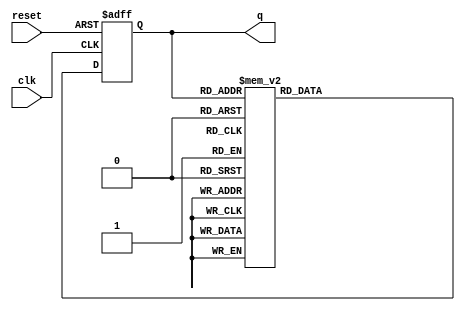
module decade_ring_counter (
    input wire clk,       // Clock input
    input wire reset,     // Reset input
    output reg [3:0] q    // 4-bit output representing the counter state
);

// Initial state
initial begin
    q = 4'b0000; // Start at state 0
end

// Always block triggered on the rising edge of the clock or reset
always @(posedge clk or posedge reset) begin
    if (reset) begin
        q <= 4'b0000; // Reset the counter to 0
    end else begin
        // Ring counter logic
        case (q)
            4'b0000: q <= 4'b0001;
            4'b0001: q <= 4'b0010;
            4'b0010: q <= 4'b0011;
            4'b0011: q <= 4'b0100;
            4'b0100: q <= 4'b0101;
            4'b0101: q <= 4'b0110;
            4'b0110: q <= 4'b0111;
            4'b0111: q <= 4'b1000;
            4'b1000: q <= 4'b1001;
            4'b1001: q <= 4'b0000; // Wrap around to 0
            default: q <= 4'b0000; // Default case (should not occur)
        endcase
    end
end

endmodule